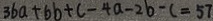
3 6 a + 6 b + c - 4 a - 2 b - c = 5 7